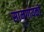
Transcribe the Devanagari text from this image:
सामगायकों